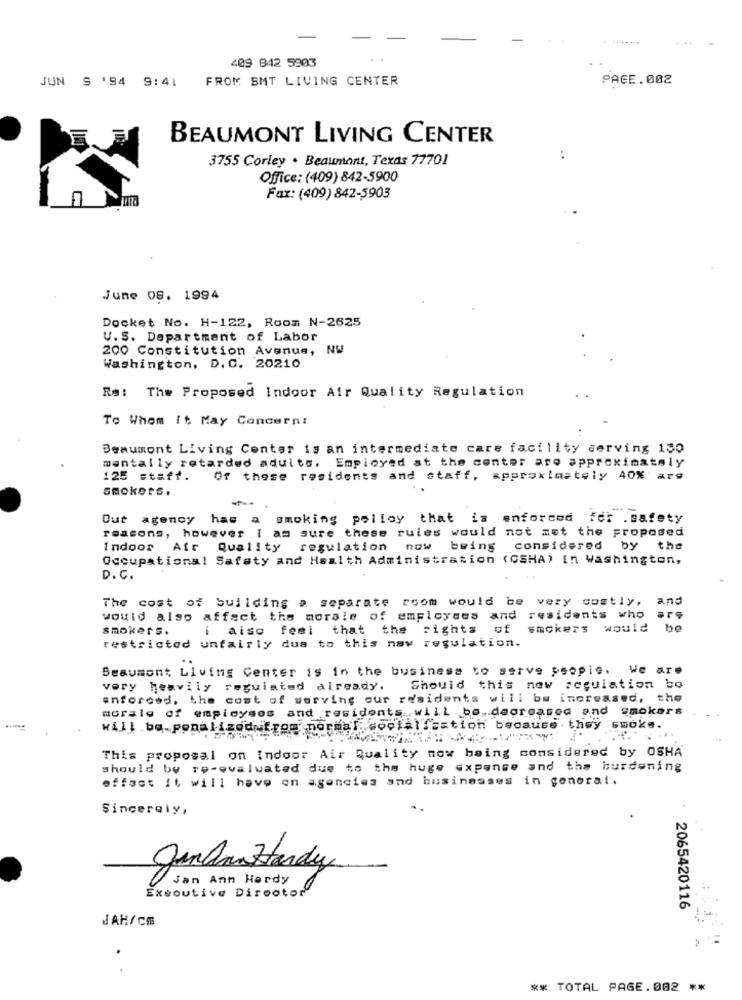
409 842 5903
JUN S '94 9:41
FROM SMT LIVING CENTER
PAGE.002
BEAUMONT LIVING CENTER
3755 Corley . Beaumont, Texas 77701
:
Office: (409) 842-5900
Fax: (409) 842-5903
June OS. 1994
Docket No. H-122, Room N-2625
U.S. Department of Labor
200 Constitution Avenue, NW
Washington, D. C. 20210
Rs: The Proposed Indoor Air Quality Regulation
To Whom It May Concern:
Beaumont Living Center is an intermediate care facility serving 130
mentally retarded adults. Employed at the center are approximately
125 staff.
Of these residents and staff, approximately 40% are
smokets.
Out agency has a smoking policy that is enforced for .safety
reasons, however I am sure these rules would not met the proposed
Indoor Air Quality
regulation now
being considered by
the
Occupational Safety and Health Administration (OSHA) In Washington,
D.C.
The cost of building a separate room would be very costly, and
would also affect the morale of employees and residents who
smokers.
i also
feel that the rights of
smokers would
restricted unfairly dus to this nav regulation.
Beaumont Living Center is in the business to serve people. We are
very heavily regulated already.
Should this new regulation bo
enforced, the cost of werving our residents will be increased, the
morale of employees and residents.will be,dagreased and smokers
will be penalizedufrom normal. co
ciAlisation because they smoke.
This proposal on Indoor Air Quality now being considered by OSHA
should be re-evaluated due to the huge expense and the burdening
effect It will have on agencies and businesses in general.
Sincerely,
N
Jandarma Hardy
Jan Ann Hardy
Executive Director
2065420116
JAH/Cm
.
** TOTAL PAGE.002 **